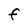
Character: f